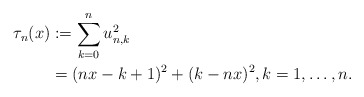
\begin{align*}\tau_n(x)&:=\sum^{n}_{k=0}{u^2_{n,k}}\\ &=(nx-k+1)^2+(k-nx)^2, k=1,\ldots, n. \end{align*}